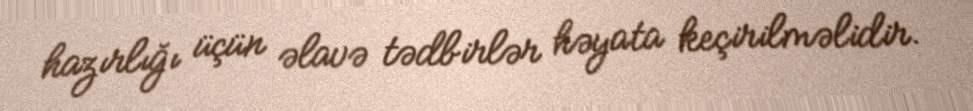
hazırlığı üçün əlavə tədbirlər həyata keçirilməlidir.